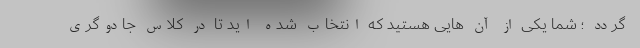
گردد ؛ شما یکی از آن هایی هستید که انتخاب شده اید تا در کلاس جادوگری